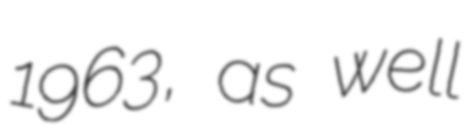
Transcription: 1963, as well